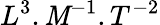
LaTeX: L^{3}.\mathit{M}^{-1}.T^{-2}